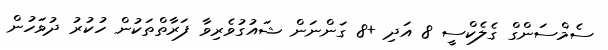
ސެމްސަންގް ގެލެކްސީ 8 އަދި +8 ގަންނަން ޝައުގުވެރިވާ ފަރާތްތަކުން ހުކުރު ދުވަހުން